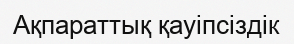
Ақпараттық қауіпсіздік